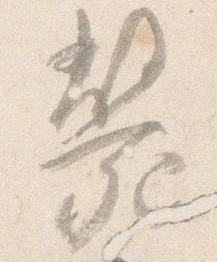
斃